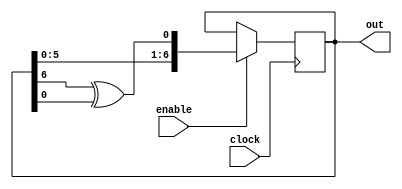
module lfsr_7(
	enable,
	clock,
	out
);

	input clock;
	input enable;
	output [7:1] out;

	reg[7:1] sreg;

	initial sreg = 7'b1;

	always @ (posedge clock) 
		begin
		if (enable==1'b1)
			sreg<= {sreg[6:1], sreg[7] ^ sreg[1]};
		end 
	assign out = sreg;
	
endmodule